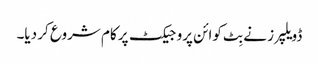
ڈویلپرز نے بِٹ کوائن پروجیکٹ پر کام شروع کر دیا۔